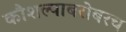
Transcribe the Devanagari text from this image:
कौशल्याबरोबरच